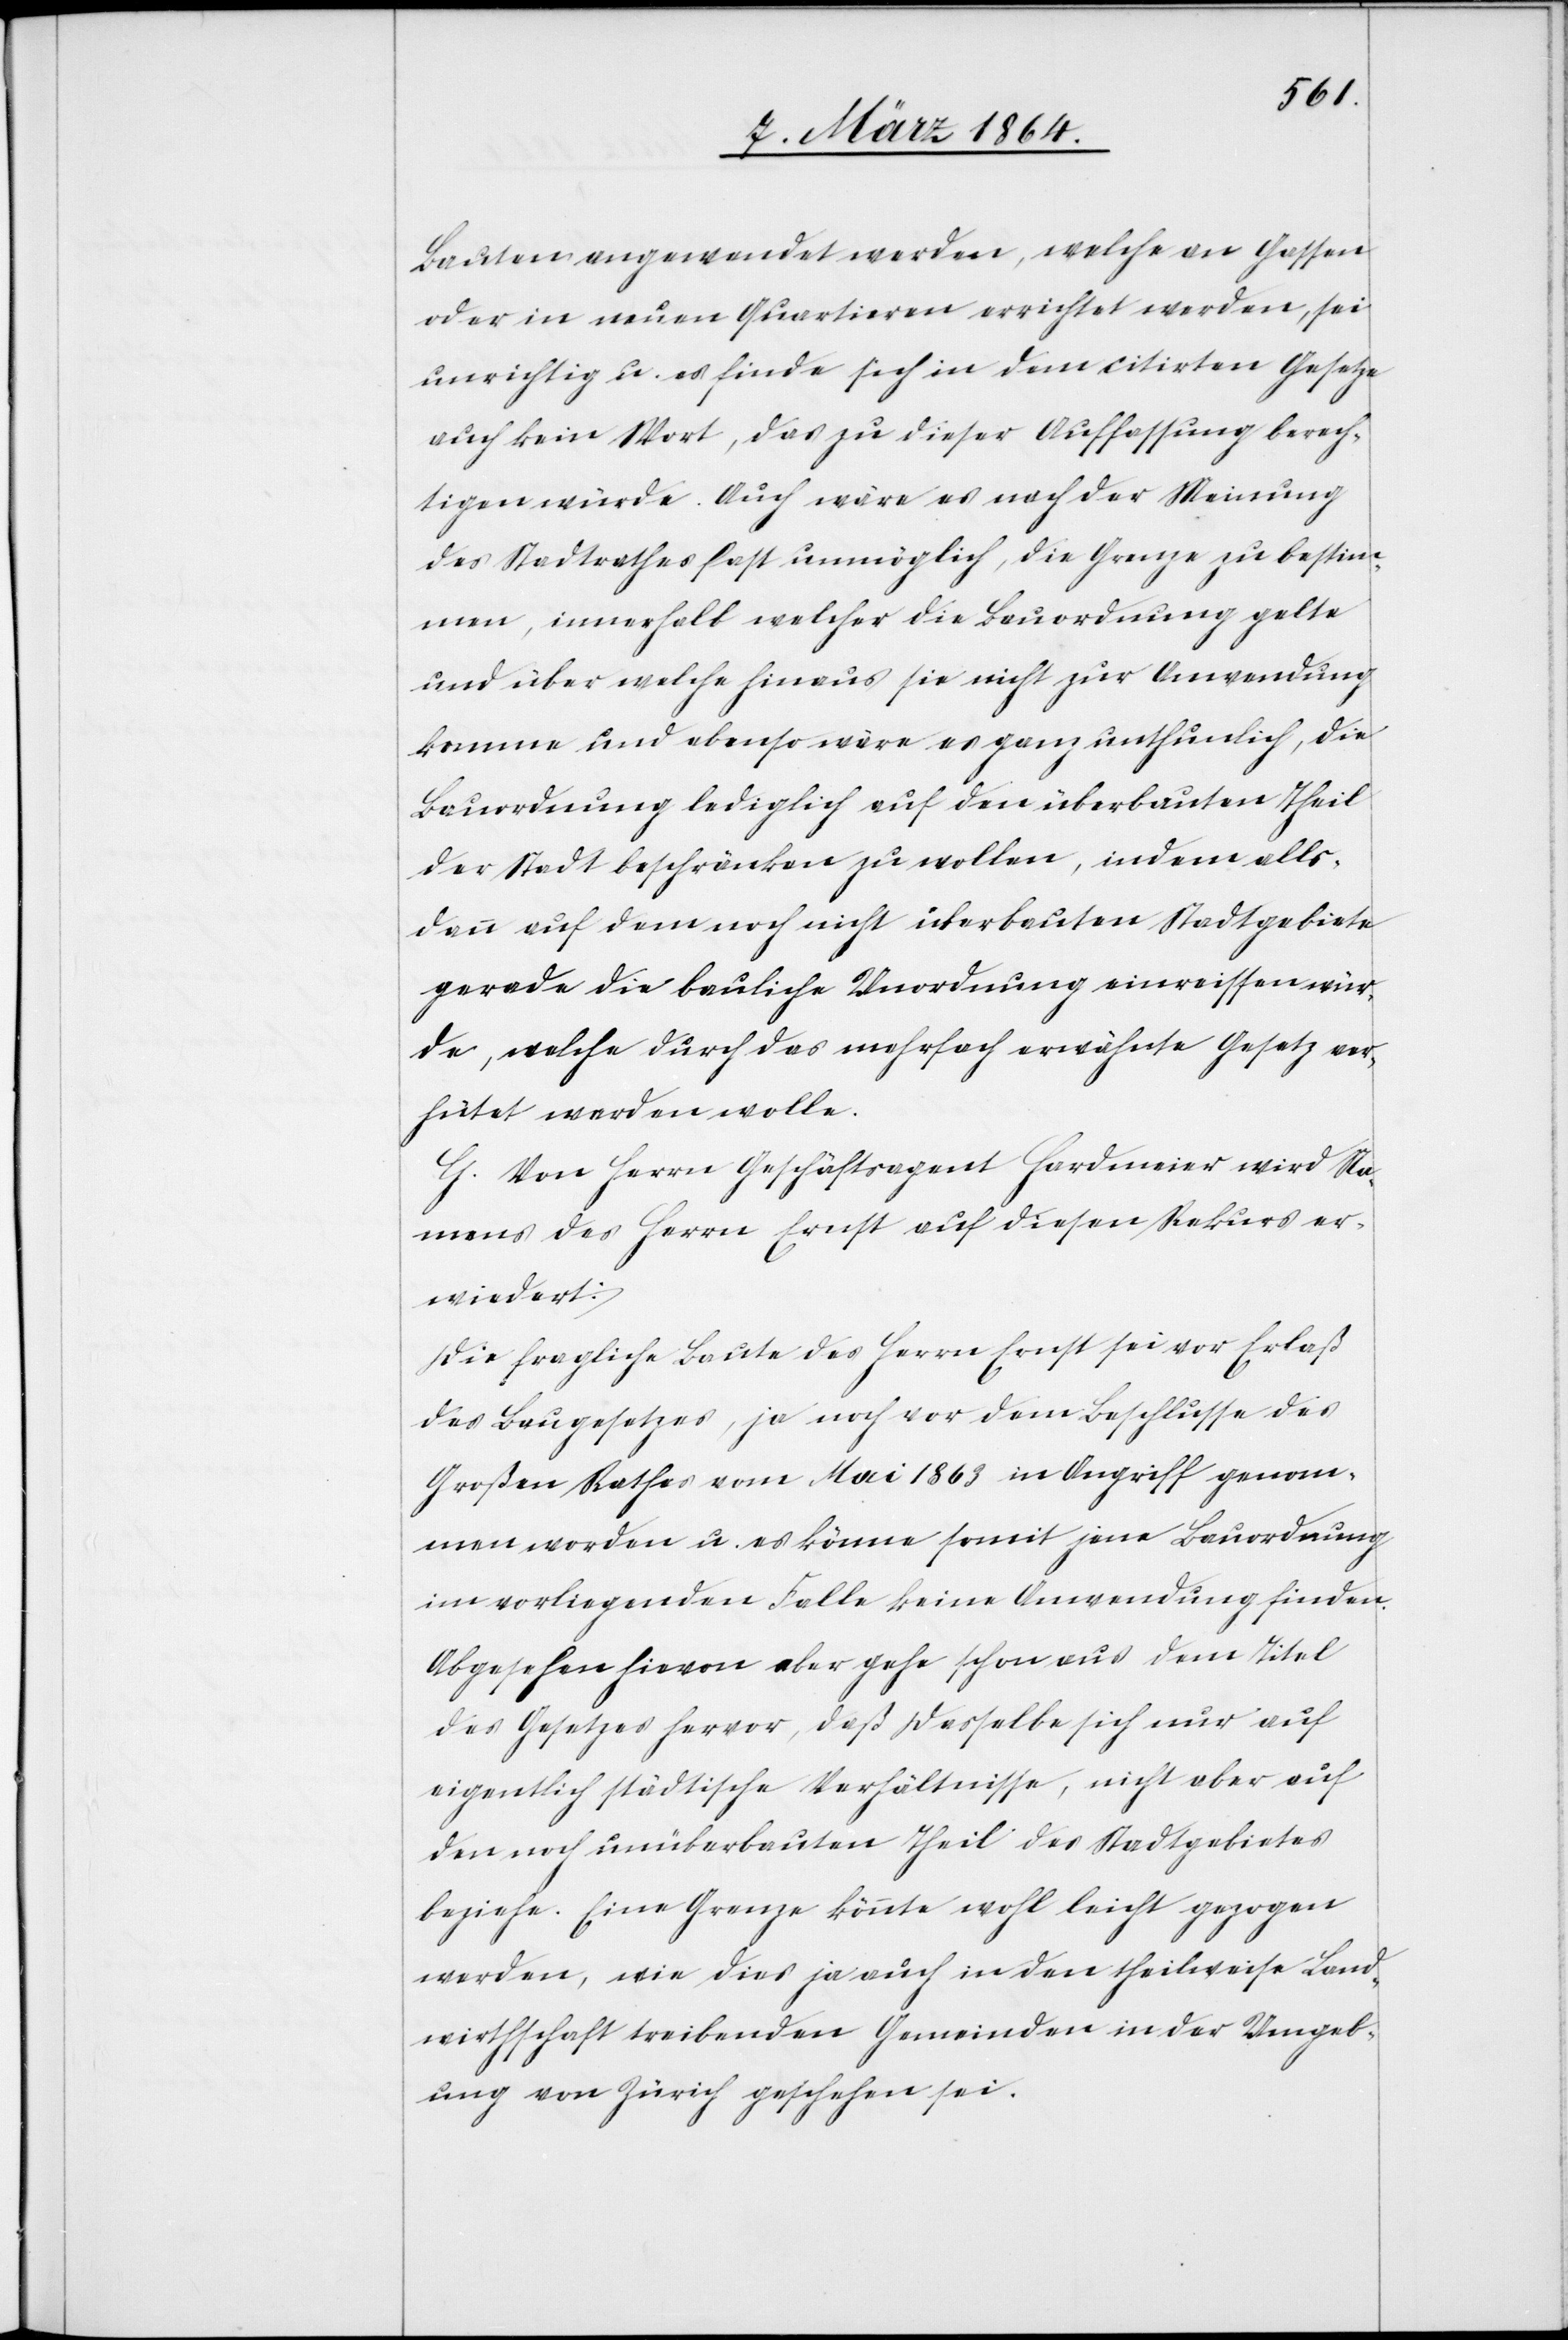
Bauten angewendet werden, welche an Gassen
oder in neuen Quartieren errichtet werden, sei
unrichtig u. es finde sich in dem citirten Gesetze
auch kein Wort, das zu dieser Auffassung berech¬
tigen würde. Auch wäre es nach der Meinung
des Stadtrathes fast unmöglich, die Grenze zu bestim¬
men, innerhalb welcher die Bauordnung gelte
und über welche hinaus sie nicht zur Anwendung
komme und ebenso wäre es ganz unthunlich, die
Bauordnung lediglich auf den überbauten Theil
der Stadt beschränken zu wollen, indem alls¬
dann auf dem noch nicht überbauten Stadtgebiete
gerade die bauliche Unordnung einreissen wür¬
de, welche durch das mehrfach erwähnte Gesetz ver¬
hütet werden wolle.
G. Von Herrn Geschäftsagent Hardmeier wird Na¬
mens des Herrn Ernst auf diesen Rekurs er¬
wiedert:
Die fragliche Baute des Herrn Ernst sei vor Erlaß
des Baugesetzes, ja noch vor dem Beschlusse des
Großen Rathes vom Mai 1863 in Angriff genom¬
men worden u. es könne somit jene Bauordnung
im vorliegenden Falle keine Anwendung finden.
Abgesehen hievon aber gehe schon aus dem Titel
des Gesetzes hervor, daß dasselbe sich nur auf
den noch unüberbauten Theil des Stadtgebietes
beziehe. Eine Grenze könnte wohl leicht gezogen
werden, wie dies ja auch in den theilweise Land¬
wirthschaft treibenden Gemeinden in der Umgeb¬
ung von Zürich geschehen sei.